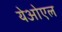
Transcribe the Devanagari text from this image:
येओएल